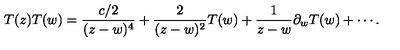
T ( z ) T ( w ) = \frac { { c } / { 2 } } { ( z - w ) ^ { 4 } } + \frac { 2 } { ( z - w ) ^ { 2 } } T ( w ) + \frac { 1 } { z - w } \partial _ { w } T ( w ) + \cdots .